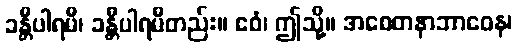
ခန္တီပါရမီ၊ ခန္တီပါရမီတည်း။ ဧဝံ၊ ဤသို့။ အစေတနာဘာဝေန၊